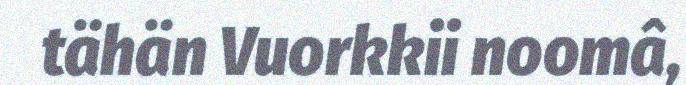
tähän Vuorkkii noomâ,